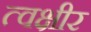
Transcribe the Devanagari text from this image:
त्वक्षीर